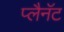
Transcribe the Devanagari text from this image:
प्लैनॅट